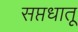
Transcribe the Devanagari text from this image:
सप्तधातू